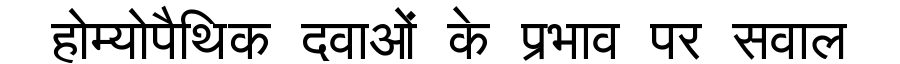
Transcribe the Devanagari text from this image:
होम्योपैथिक दवाओं के प्रभाव पर सवाल